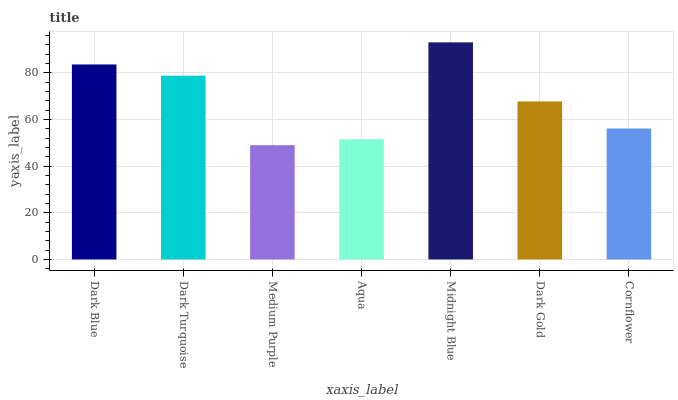
| xaxis_label | bars |
 | --- | --- |
 | Dark Blue | 83.6 |
 | Dark Turquoise | 78.8 |
 | Medium Purple | 49 |
 | Aqua | 51.5 |
 | Midnight Blue | 93 |
 | Dark Gold | 67.7 |
 | Cornflower | 56.1 |